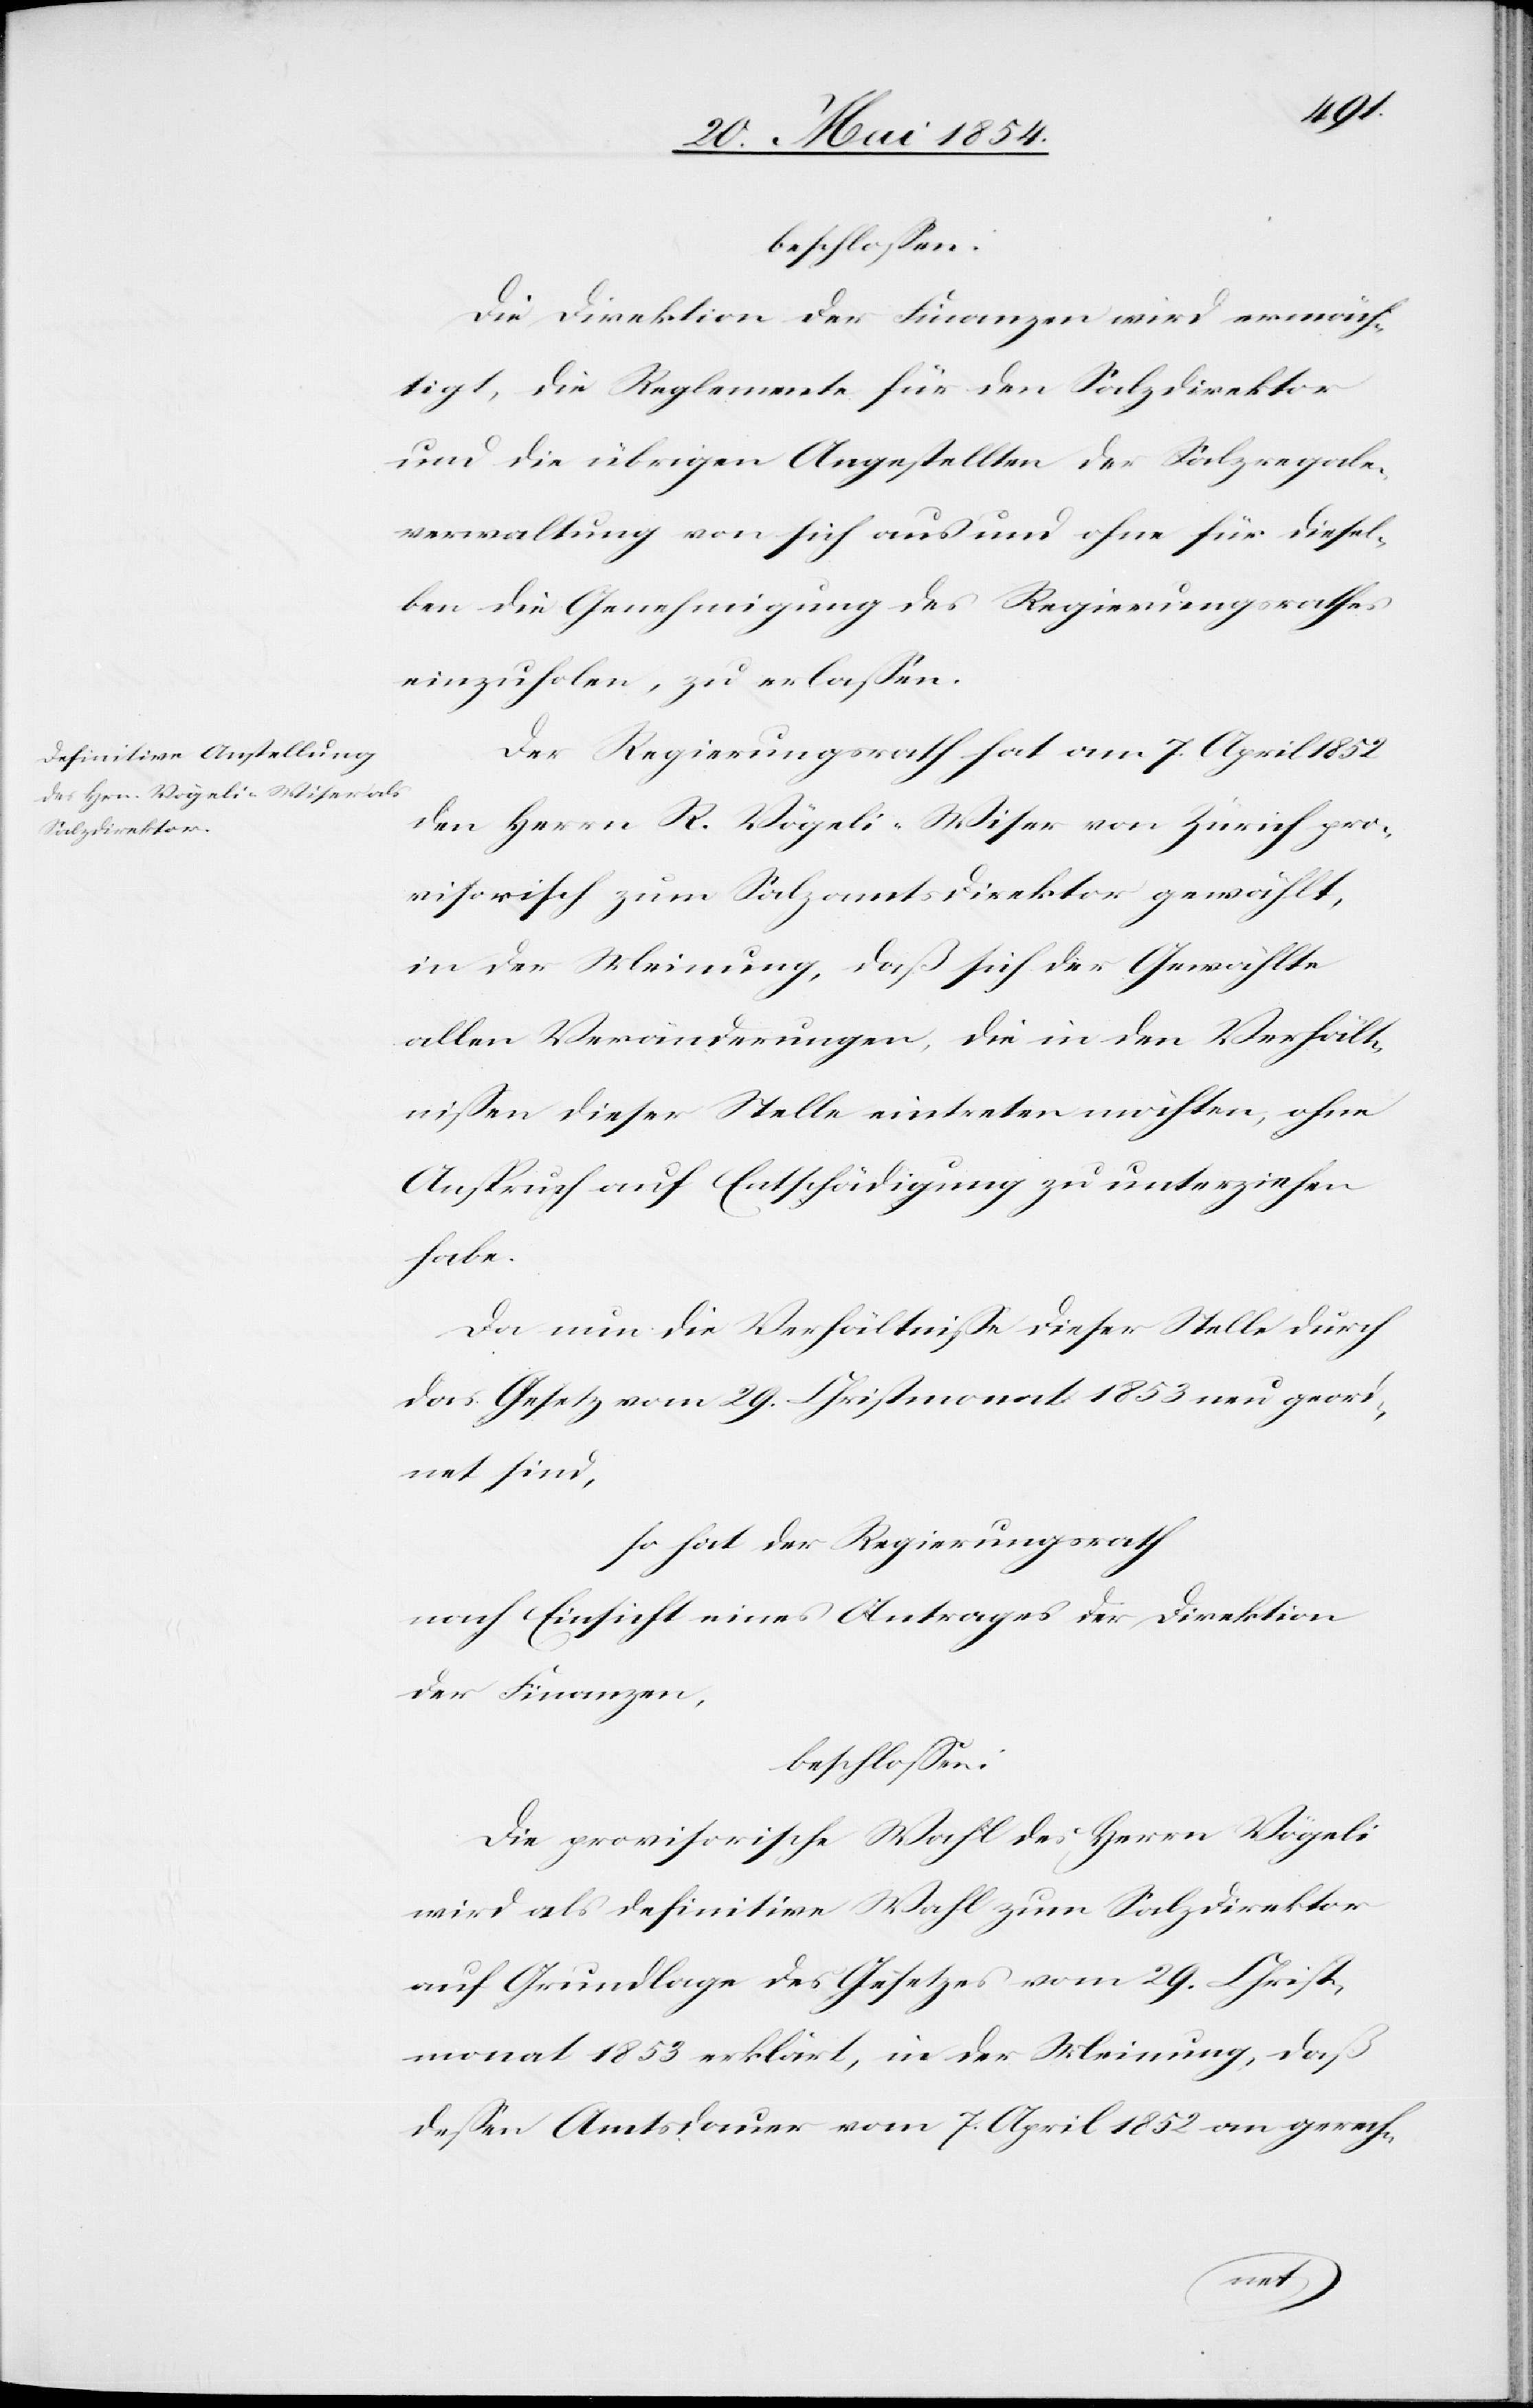
beschloßen:
Die Direktion der Finanzen wird ermäch¬
tigt, die Reglemente für den Salzdirektor
und die übrigen Angestellten der Salzregale¬
verwaltung von sich aus und ohne für diesel¬
ben die Genehmigung des Regierungsrathes
einzuholen, zu erlaßen.
Der Regierungsrath hat am 7. April 1852
den Herrn R. Vögeli-Wiser von Zürich pro¬
visorisch zum Salzamtsdirektor gewählt,
in der Meinung, daß sich der Gewählte
allen Veränderungen, die in den Verhält¬
nißen dieser Stelle eintreten möchten, ohne
Anspruch auf Entschädigung zu unterziehen
habe.
Da nun die Verhältniße dieser Stelle durch
das Gesetz vom 29. Christmonat 1853 neu geord¬
net sind,
so hat der Regierungsrath
nach Einsicht eines Antrages der Direktion
der Finanzen,
beschloßen:
Die provisorische Wahl des Herrn Vögeli
wird als definitive Wahl zum Salzdirektor
auf Grundlage des Gesetzes vom 29. Christ¬
monat 1853 erklärt, in der Meinung, daß
deßen Amtsdauer vom 7. April 1852 an gerech-